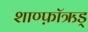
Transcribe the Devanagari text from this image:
शाण्फ़ॉऋड्